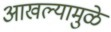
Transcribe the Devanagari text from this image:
आखल्यामुळे